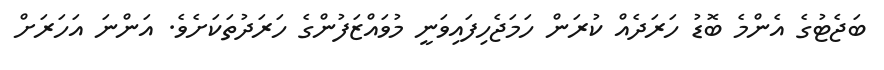
ބަޖެޓުގެ އެންމެ ބޮޑު ހަރަދެއް ކުރަން ހަމަޖެހިފައިވަނީ މުވައްޒަފުންގެ ހަރަދުތަކަށެވެ. އަންނަ އަހަރަށް